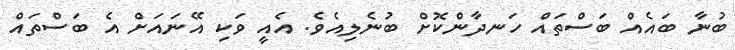
ބުނާ ބައެއް ބަސްތައް ހަނދާންކޮށް ބުނެލިއެވެ. އެއީ ވަކި އޭނައަށް އެ ބަސްތައް